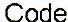
CODE